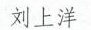
刘上洋